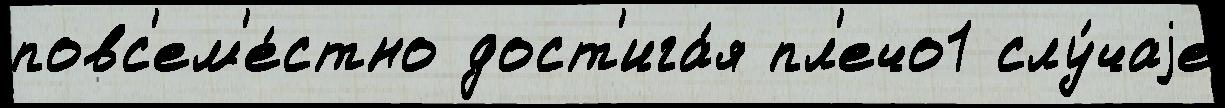
повс'ем'е́стно дост'ига́я пл'ечо1 слу́чаjе